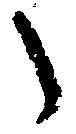
之